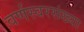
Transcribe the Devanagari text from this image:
वर्णस्वरसंख्या